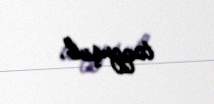
toqquşub.